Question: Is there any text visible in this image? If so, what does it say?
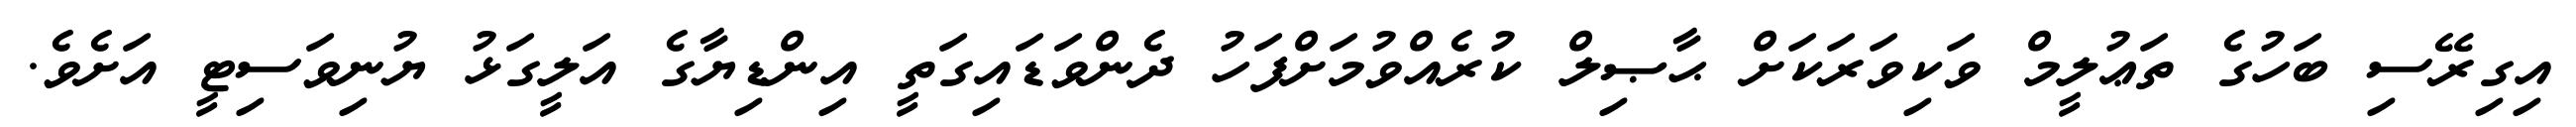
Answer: އިގިރޭސި ބަހުގެ ތަޢުލީމް ވަކިވަރަކަށް ޙާޞިލް ކުރެއްވުމަށްފަހު ދެންވަޑައިގަތީ އިންޑިޔާގެ އަލީގަޅު ޔުނިވަސިޓީ އަށެވެ.